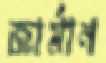
জার্মান